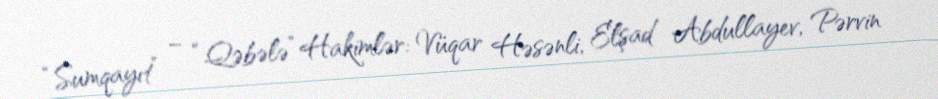
“Sumqayıt” – “Qəbələ” Hakimlər: Vüqar Həsənli, Elşad Abdullayev, Pərvin